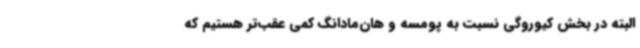
البته در بخش کیوروگی نسبت به پومسه و هان‌مادانگ کمی عقب‌تر هستیم که